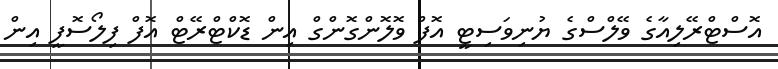
އޮސްޓްރޭލިއާގެ ވޭލްސްގެ ޔުނިވަސިޓީ އޮފް ވޮލޮންގޮންގް އިން ޑޮކްޓްރޭޓް އޮފް ފިލޯސޮފީ އިން